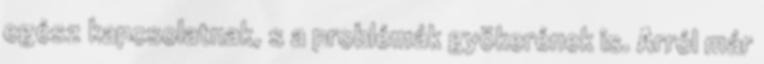
egész kapcsolatnak, s a problémák gyökerének is. Arról már